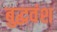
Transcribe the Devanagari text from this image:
बुद्धवंश